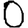
Digit: 0